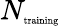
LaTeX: N_{\textrm{\tiny training}}